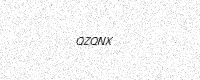
Text: QZQNX